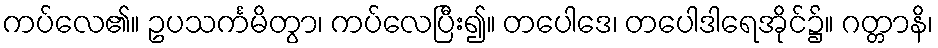
ကပ်လေ၏။ ဥပသင်္ကမိတွာ၊ ကပ်လေပြီး၍။ တပေါဒေ၊ တပေါဒါရေအိုင်၌။ ဂတ္တာနိ၊